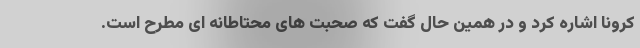
کرونا اشاره کرد و در همین حال گفت که صحبت های محتاطانه ای مطرح است.